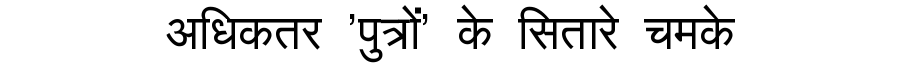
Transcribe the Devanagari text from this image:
अधिकतर 'पुत्रों' के सितारे चमके